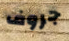
جروف